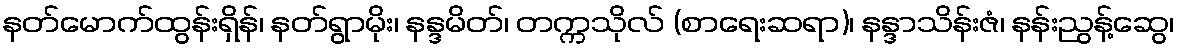
နတ်မောက်ထွန်းရှိန်၊ နတ်ရွာမိုး၊ နန္ဒမိတ်၊ တက္ကသိုလ် (စာရေးဆရာ)၊ နန္ဒာသိန်းဇံ၊ နန်းညွန့်ဆွေ၊